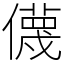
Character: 㒝